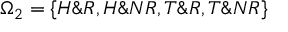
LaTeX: \Omega _ { 2 } = \{ H \& R , H \& N R , T \& R , T \& N R \}